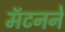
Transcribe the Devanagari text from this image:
मॅटनने